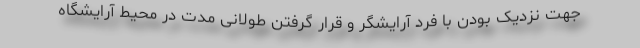
جهت نزدیک بودن با فرد آرایشگر و قرار گرفتن طولانی مدت در محیط آرایشگاه